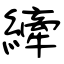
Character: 縴